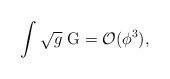
LaTeX: \begin{align*}\int \sqrt{g}\ {\rm G}={\cal O}(\phi ^{3}), \end{align*}